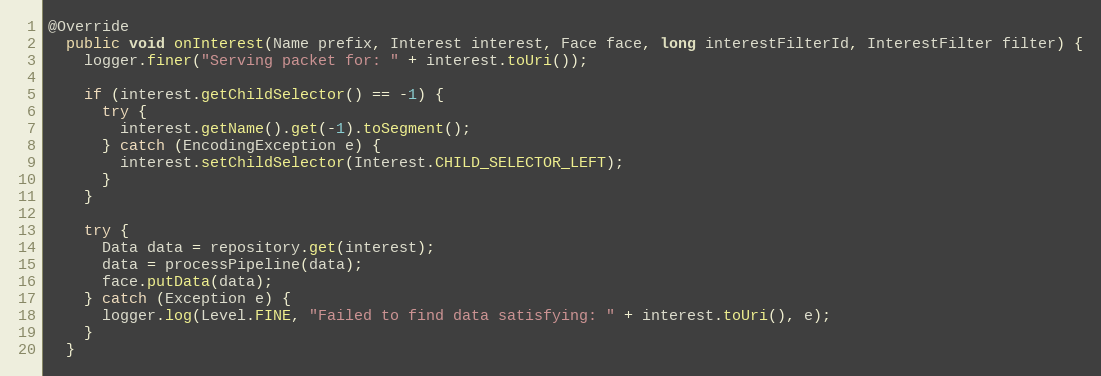
Language: Java
@Override
  public void onInterest(Name prefix, Interest interest, Face face, long interestFilterId, InterestFilter filter) {
    logger.finer("Serving packet for: " + interest.toUri());

    if (interest.getChildSelector() == -1) {
      try {
        interest.getName().get(-1).toSegment();
      } catch (EncodingException e) {
        interest.setChildSelector(Interest.CHILD_SELECTOR_LEFT);
      }
    }

    try {
      Data data = repository.get(interest);
      data = processPipeline(data);
      face.putData(data);
    } catch (Exception e) {
      logger.log(Level.FINE, "Failed to find data satisfying: " + interest.toUri(), e);
    }
  }